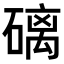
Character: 𥕮